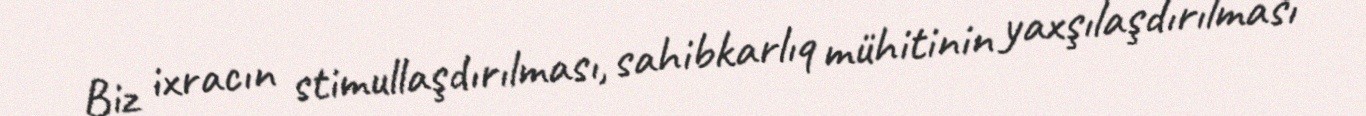
Biz ixracın stimullaşdırılması, sahibkarlıq mühitinin yaxşılaşdırılması